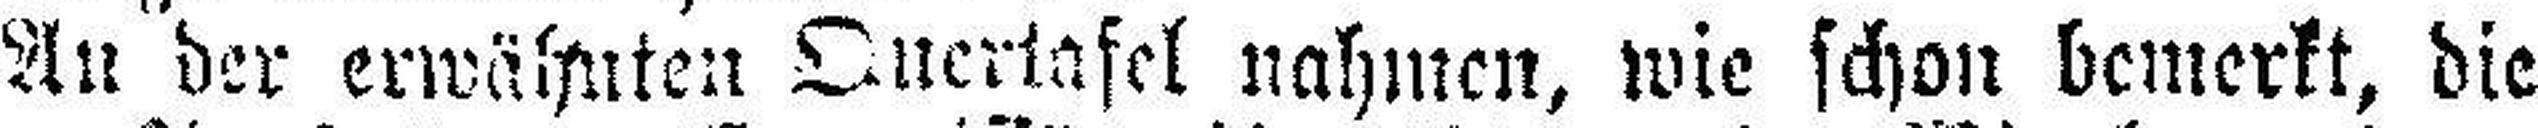
An der erwähnten Quertafel nahmen, wie schon bemerkt, die